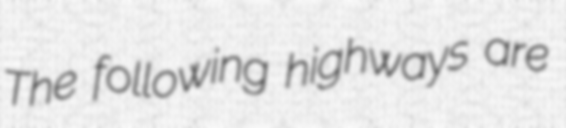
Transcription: The following highways are